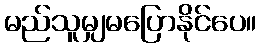
မည်သူမျှမပြောနိုင်ပေ။